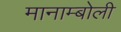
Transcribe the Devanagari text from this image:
मानाम्बोली